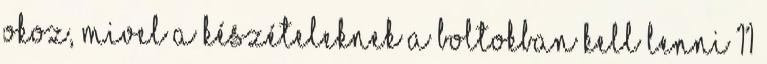
okoz, mivel a készételeknek a boltokban kell lenni 11